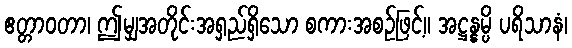
ဧတ္တာဝတာ၊ ဤမျှအတိုင်းအရှည်ရှိသော စကားအစဉ်ဖြင့်။ အဋ္ဌန္နမ္ပိ ပရိသာနံ၊